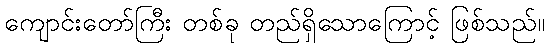
ကျောင်းတော်ကြီး တစ်ခု တည်ရှိသောကြောင့် ဖြစ်သည်။